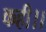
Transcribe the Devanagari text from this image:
कही।।